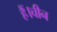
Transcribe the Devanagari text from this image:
हैं।चीन